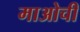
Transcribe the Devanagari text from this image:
माओची